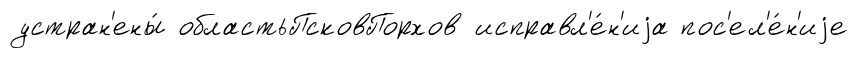
устран'ены́ областьПсковПорхов исправл'е́н'иjа пос'ел'е́н'иjе